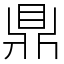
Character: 鼎